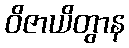
ဝိဇာယိတွာန